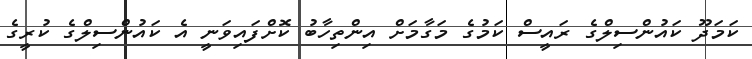
ކަމަދޫ ކައުންސިލްގެ ރައީސް ކަމުގެ މަގާމަށް އިންތިހާބު ކޮށްފައިވަނީ އެ ކައުންސިލްގެ ކުރީގެ